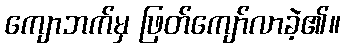
ကျောဘက်မှ ဖြတ်ကျော်လာခဲ့၏။